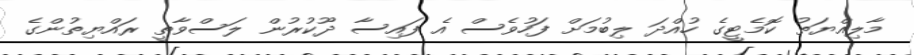
މާލިއްޔަތު ކޮމެޓީގެ ހުއްދަ ލިބުމަށް ފަހުވެސް އެ ފައިސާ ދޫކުރުން ލަސްވާތީ ރައްޔިތުންގެ